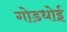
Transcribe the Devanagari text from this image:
गोडधोई